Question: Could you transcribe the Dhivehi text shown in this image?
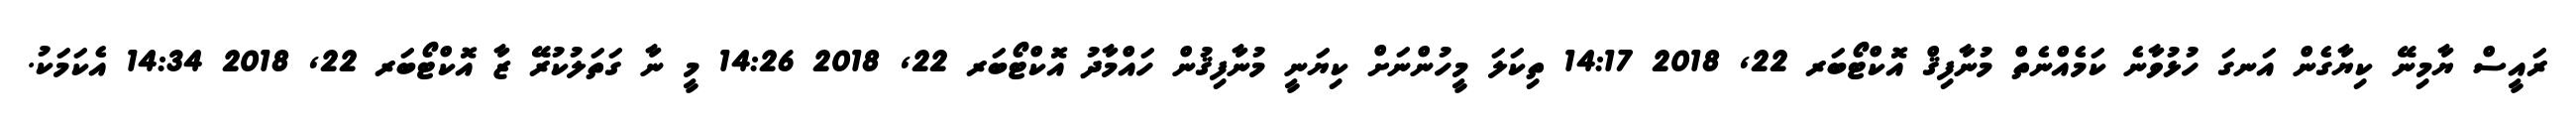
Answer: ރައީސް ޔާމިނޭ ކިޔާގެން އަނގަ ހުޅުވާނެ ކަމެއްނެތް މުނާފިޤް އޮކްޓޯބަރ 22, 2018 14:17 ތިކަލަ މީހުންނަށް ކިޔަނީ މުނާފިޤުން ހައްމާދު އޮކްޓޯބަރ 22, 2018 14:26 މީ ނާ ގަތަލުކުރޭ ޒާ އޮކްޓޯބަރ 22, 2018 14:34 އެކަމަކު.